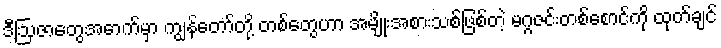
ဒီဩဇာတွေအောက်မှာ ကျွန်တော်တို့ တစ်တွေဟာ အမျိုးအစားသစ်ဖြစ်တဲ့ မဂ္ဂဇင်းတစ်စောင်ကို ထုတ်ချင်